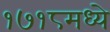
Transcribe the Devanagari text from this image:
१७१८मध्ये